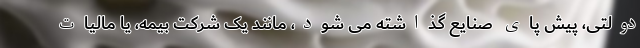
دولتی، پیش پای صنایع گذاشته می شود، مانند یک شرکت بیمه، یا مالیات